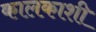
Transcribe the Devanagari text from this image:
कालकाशी